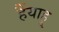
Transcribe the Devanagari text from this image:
हैंयाहू